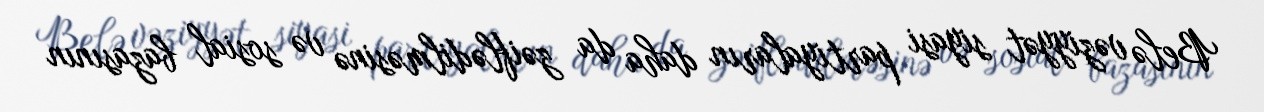
Belə vəziyyət siyasi partiyaların daha da zəiflədilməsinə və sosial bazasının